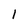
Character: I